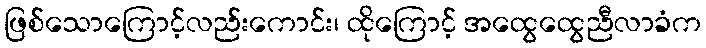
ဖြစ်သောကြောင့်လည်းကောင်း၊ ထိုကြောင့် အထွေထွေညီလာခံက